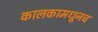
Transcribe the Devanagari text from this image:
कालकामधूनच